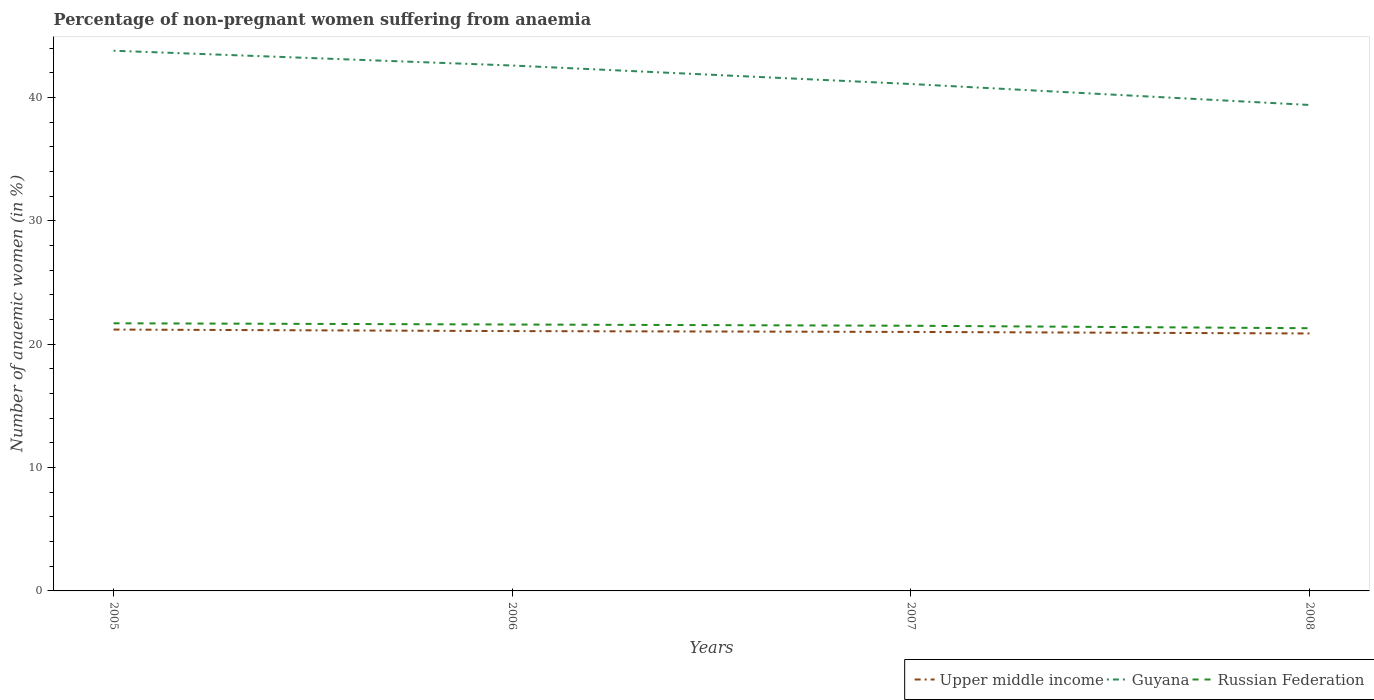
| Years | Upper middle income | Guyana | Russian Federation |
 | --- | --- | --- | --- |
 | 2005 | 21.2 | 43.8 | 21.7 |
 | 2006 | 21.1 | 42.6 | 21.6 |
 | 2007 | 21 | 41.1 | 21.5 |
 | 2008 | 20.9 | 39.4 | 21.3 |